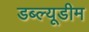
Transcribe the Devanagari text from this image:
डब्ल्यूडीम